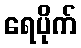
ရေပိုက်